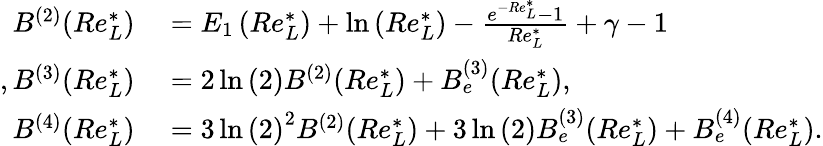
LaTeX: \begin{array}{rl}{B^{(2)}(Re_{L}^{*})}&{{}=E_{1}\left(Re_{L}^{*}\right)+\ln{\left(Re_{L}^{*}\right)}-\frac{e^{-Re_{L}^{*}}-1}{Re_{L}^{*}}+\gamma-1}\\ {,B^{(3)}(Re_{L}^{*})}&{{}=2\ln{(2)}B^{(2)}(Re_{L}^{*})+B_{e}^{(3)}(Re_{L}^{*}),}\\ {B^{(4)}(Re_{L}^{*})}&{{}=3\ln{(2)}^{2}B^{(2)}(Re_{L}^{*})+3\ln{(2)}B_{e}^{(3)}(Re_{L}^{*})+B_{e}^{(4)}(Re_{L}^{*}).}\end{array}